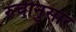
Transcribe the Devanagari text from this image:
रुचीनुसार